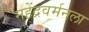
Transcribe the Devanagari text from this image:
महेंद्रवर्मनला